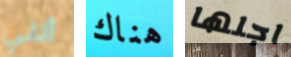
أنني هناك اجلها